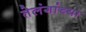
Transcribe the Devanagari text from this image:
तेलंगांच्या